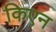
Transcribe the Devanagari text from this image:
किएन